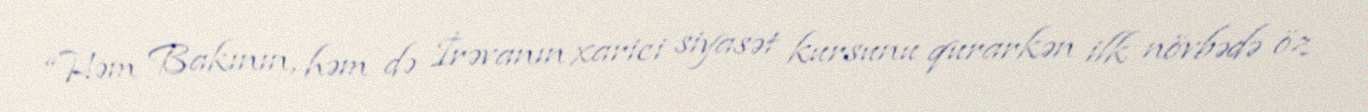
“Həm Bakının, həm də İrəvanın xarici siyasət kursunu qurarkən ilk növbədə öz